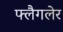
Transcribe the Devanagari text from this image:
फ्लैगलेर